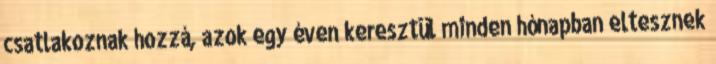
csatlakoznak hozzá, azok egy éven keresztül minden hónapban eltesznek